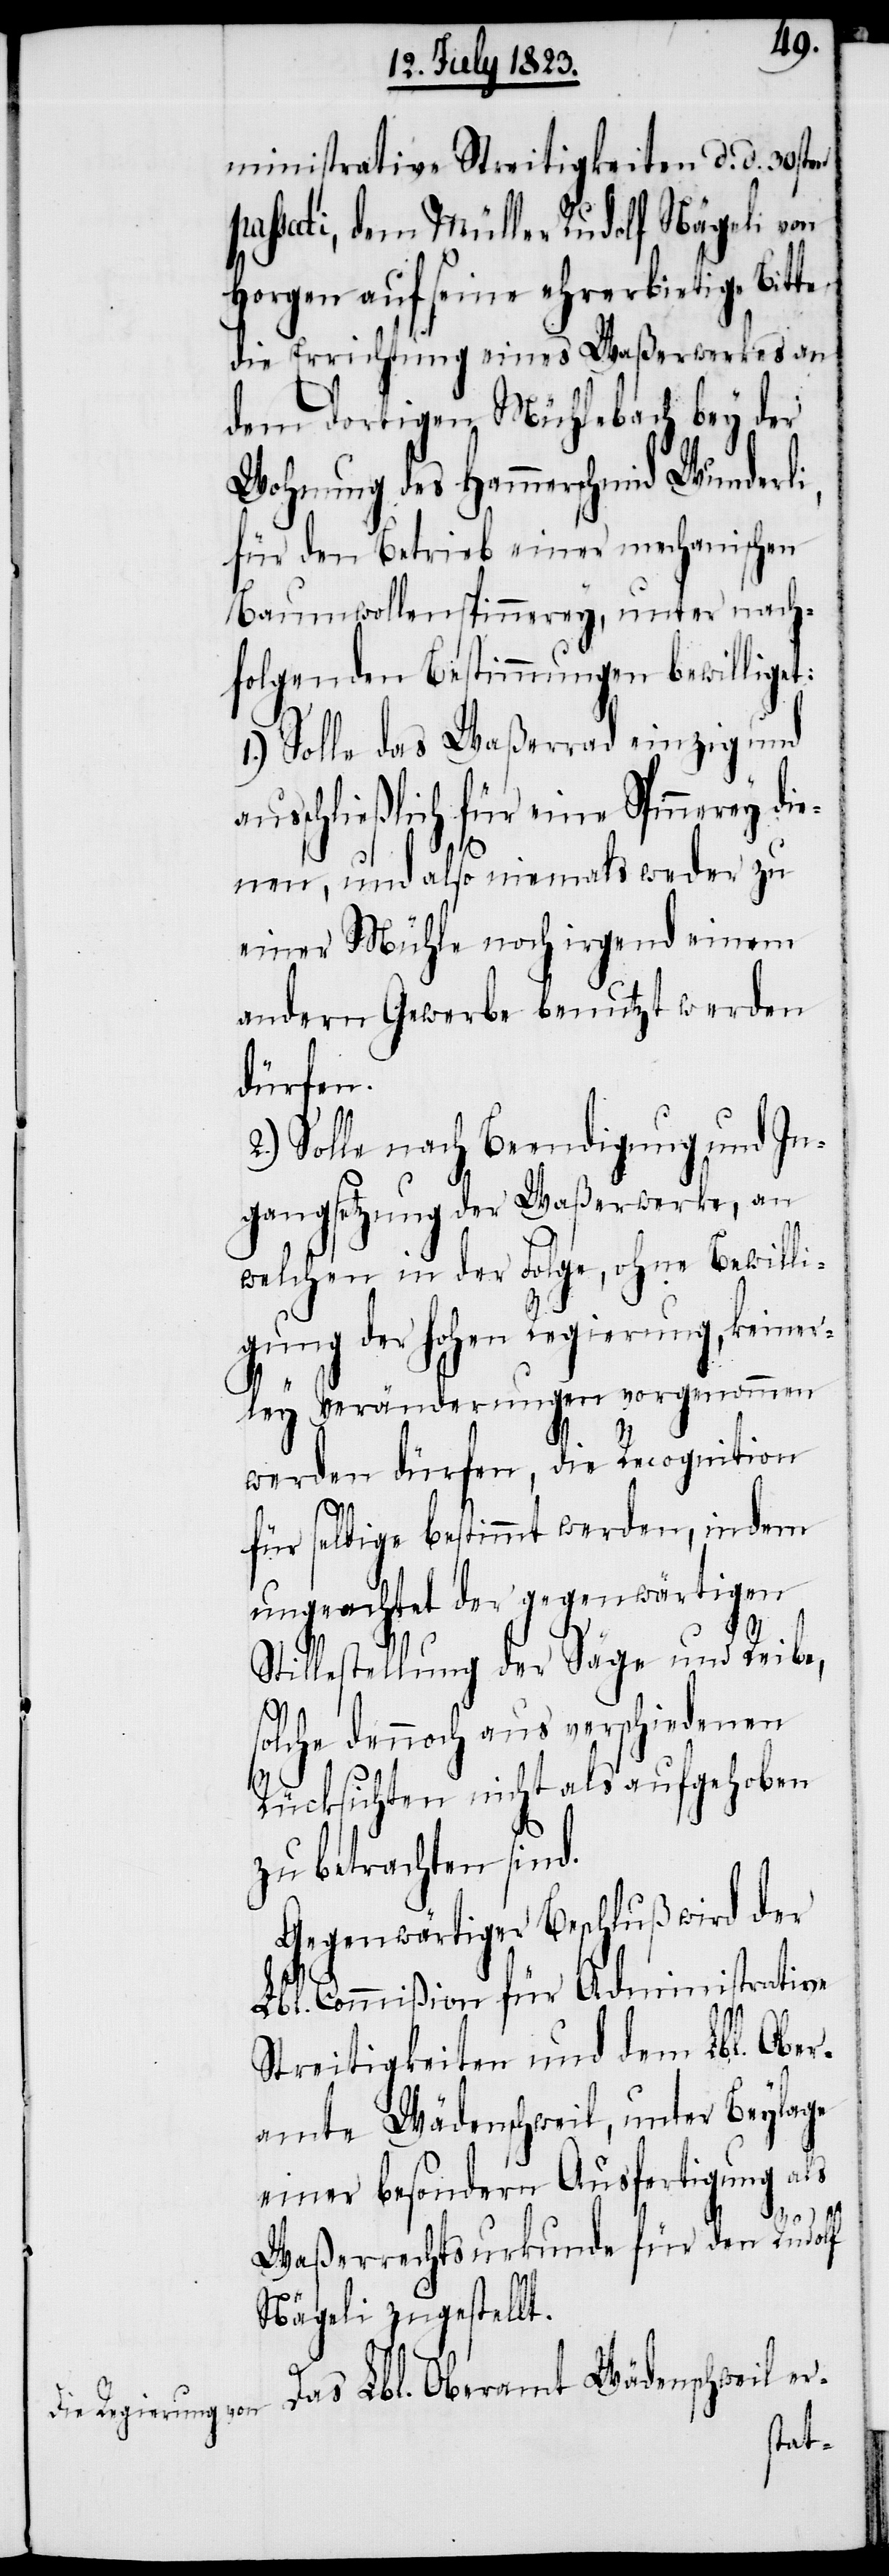
ministrative Streitigkeiten d. d. 30sten
passati, dem Müller Rudolf Nägeli von
Horgen auf seine ehrerbietige Bitte
die Errichtung eines Waßerwerkes an
dem dortigen Mühlebach bey der
Wohnung des Hammerschmid Wunderli,
für den Betrieb einer mechanischen
Baumwollenspinnerey, unter nach¬
folgenden Bestimmungen bewilliget:
1.) Solle das Waßerrad einzig und
ausschließlich für eine Spinnerey di¬
enen, und also niemals weder zu
einer Mühle noch irgend einem
andern Gewerbe benutzt werden
dürfen.
2.) Solle nach Beendigung und In¬
gangsetzung der Waßerwerke, an
welchen in der Folge, ohne Bewilli¬
gung der hohen Regierung, keiner¬
ley Veränderungen vorgenommen
werden dürfen, die Recognition
für selbige bestimmt werden, indem
ungeachtet der gegenwärtigen
Stillestellung der Sage und Reibe,
solche dennoch aus verschiedenen
Rücksichten nicht als aufgehoben
zu betrachten sind.
Gegenwärtiger Beschluß wird der
Lbl. Commißion für Administrative
Streitigkeiten und dem Lbl. Ober¬
amte Wädenschweil, unter Beylage
einer besondern Ausfertigung als
Das Lbl.
Waßerrechtsurkunde für den Rudolf
Nägeli zugestellt.